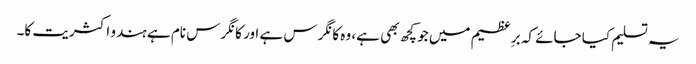
یہ تسلیم کیا جائے کہ برِعظیم میں جو کچھ بھی ہے، وہ کانگرس ہے اور کانگرس نام ہے ہندو اکثریت کا۔